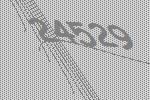
24529